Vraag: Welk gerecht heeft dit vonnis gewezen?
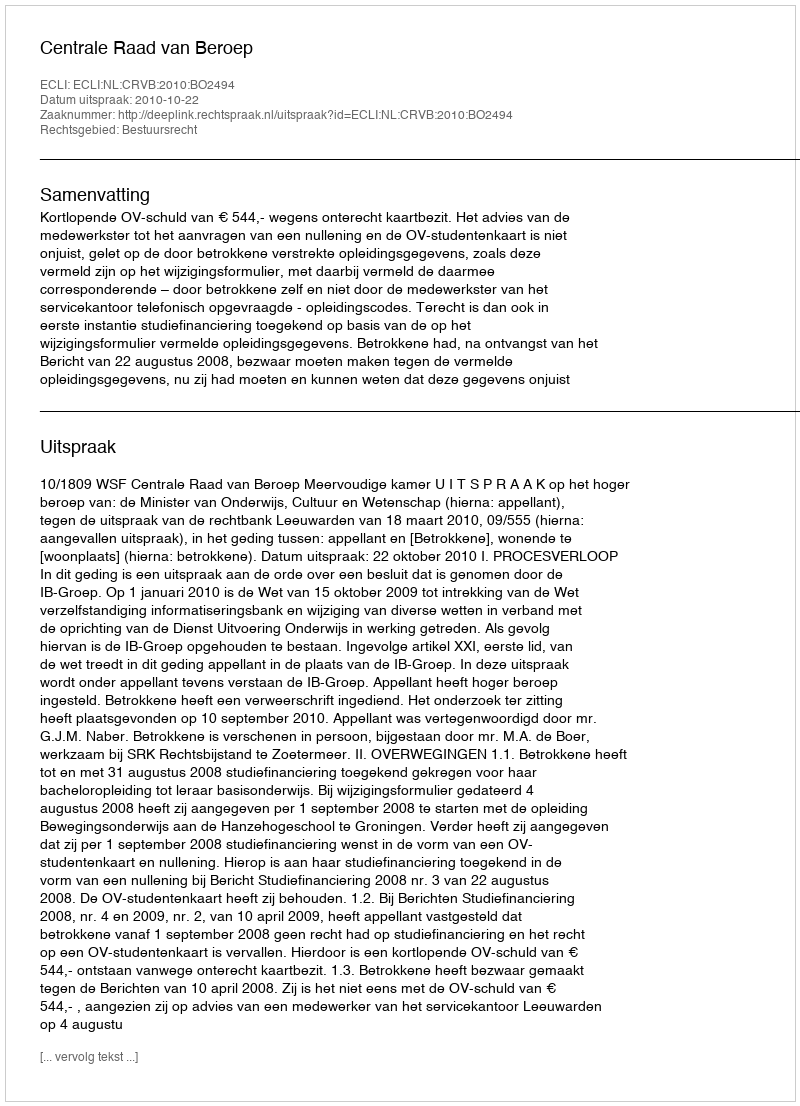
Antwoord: Centrale Raad van Beroep